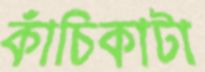
কাঁচিকাটা